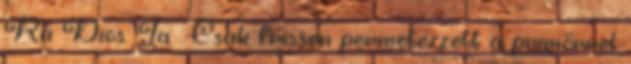
Rá Dios: Ja : Csak frissen permetezzett a primőrrel.